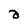
Character: a